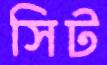
সিট